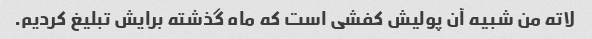
لاته من شبیه آن پولیش کفشی است که ماه گذشته برایش تبلیغ کردیم.